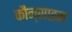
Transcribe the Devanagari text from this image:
कौन्साइन